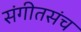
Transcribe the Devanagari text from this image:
संगीतसंच